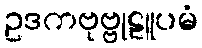
ဥဒကဗုဗ္ဗုဠူပမံ